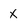
Character: x